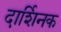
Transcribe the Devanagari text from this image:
दार्शिनक